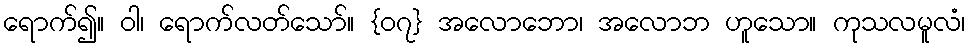
ရောက်၍။ ဝါ၊ ရောက်လတ်သော်။ {၀၇} အလောဘော၊ အလောဘ ဟူသော။ ကုသလမူလံ၊